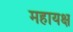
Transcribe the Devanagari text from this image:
महायक्ष